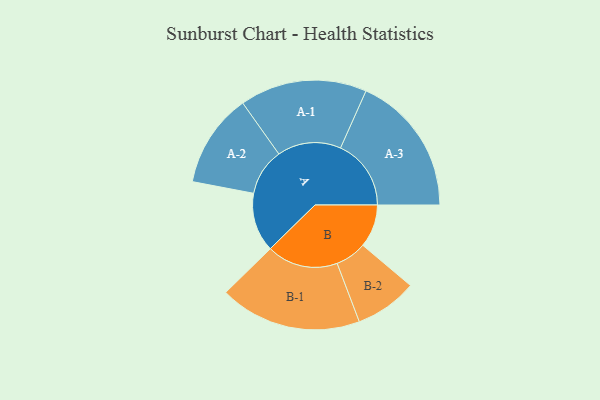
{"axis": {"x": "Segment", "y": "Value"}, "legend": ["", "A", "B"], "data": [{"x": "A", "y": 220, "type": ""}, {"x": "B", "y": 160, "type": ""}, {"x": "A-1", "y": 237, "type": "A"}, {"x": "A-2", "y": 175, "type": "A"}, {"x": "A-3", "y": 263, "type": "A"}, {"x": "B-1", "y": 265, "type": "B"}, {"x": "B-2", "y": 116, "type": "B"}]}